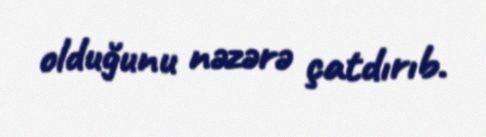
olduğunu nəzərə çatdırıb.